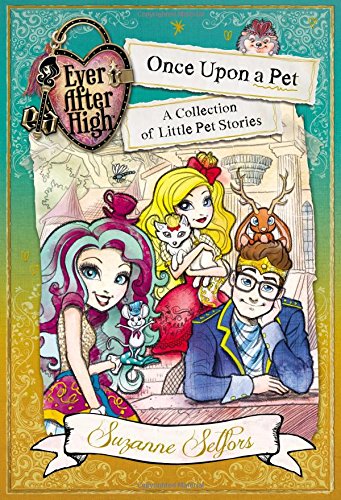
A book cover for Ever After High: Once Upon a Pet: A Collection of Little Pet Stories; Suzanne Selfors; Children's Books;